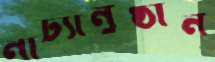
নাট্যানুষ্ঠান